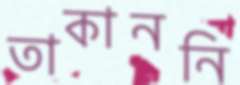
তাকাননি